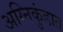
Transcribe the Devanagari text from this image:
अग्निकुंडात